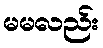
မမလည်း